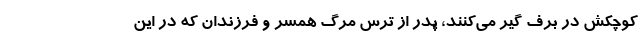
کوچکش در برف گیر می‌کنند، پدر از ترس مرگ همسر و فرزندان که در این